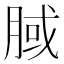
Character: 𣍻